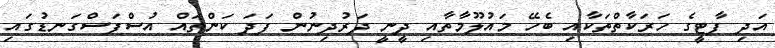
އަދި ފާޓީގެ ހަރަކާތްތަކާއި ބެހޭ މައުލޫމާތާއި ދީނީ ދަރުދިނުން ފަދަ ކަންތައް އުސްފަސްގަނޑުގައި